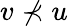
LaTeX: v\not\prec u